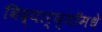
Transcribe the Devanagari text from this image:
विद्यार्थ्याँमधे